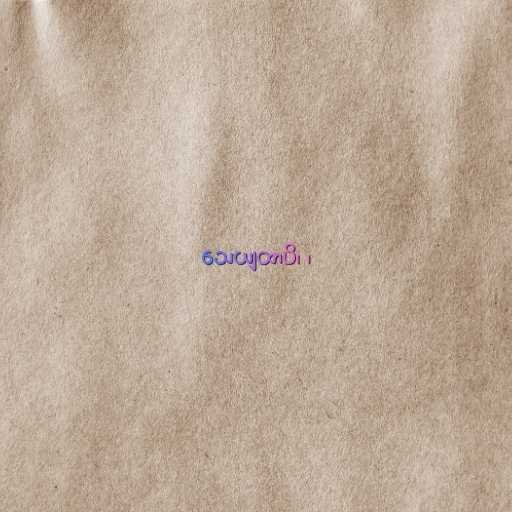
သေယျထာပိ၊ ၊